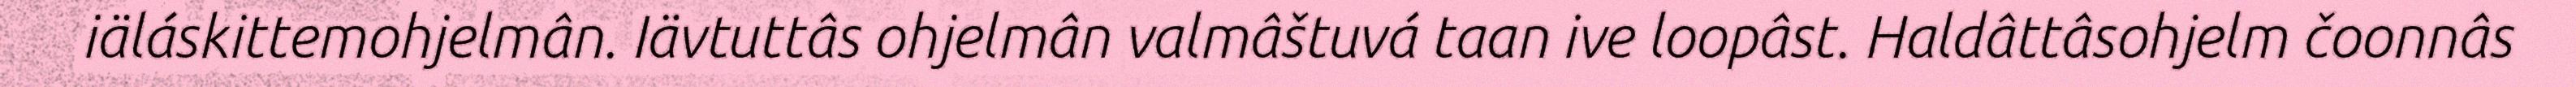
iäláskittemohjelmân. Iävtuttâs ohjelmân valmâštuvá taan ive loopâst. Haldâttâsohjelm čoonnâs